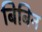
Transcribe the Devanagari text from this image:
बिबिन